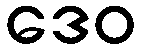
ဒေဝ